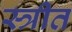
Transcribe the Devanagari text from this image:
स्त्रीत